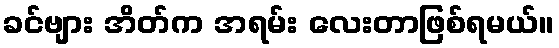
ခင်ဗျား အိတ်က အရမ်း လေးတာဖြစ်ရမယ်။